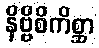
နိဗ္ဗိစိကိစ္ဆာ